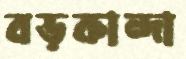
বড়কান্দা